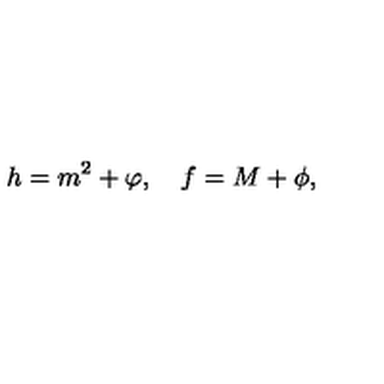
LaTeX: h = m ^ { 2 } + \varphi , \quad f = M + \phi ,